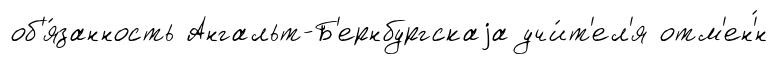
об'я́занность Ангальт-Б'ернбургскаjа учи́т'ел'я отм'ен'́н